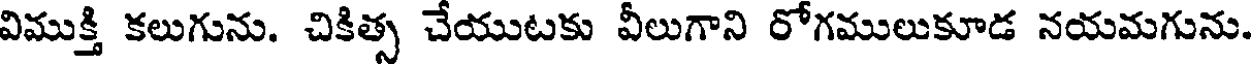
విముక్తి కలుగును. చికిత్స చేయుటకు వీలుగాని రోగములుకూడ నయమగును.